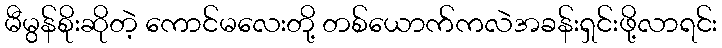
မီမွန်စိုးဆိုတဲ့ ကောင်မလေးတို့ တစ်ယောက်ကလဲအခန်းရှင်းဖို့လာရင်း